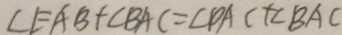
\angle E A B + \angle B A C = \angle D A C + \angle B A C